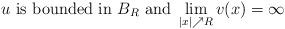
LaTeX: \begin{align*} u\ \mbox{is bounded in}\ B_{R}\ \mbox{and}\ \lim\limits_{|x|\nearrow R}v(x)=\infty\end{align*}